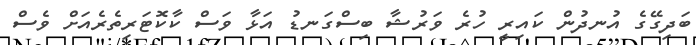
ބަދިގޭގެ އުނދުން ކައިރީ ހުރެ ވަރުޝާ ބިސްގަނޑު އަޅާ ވަސް ކާކޮޓަރިތެރެއަށް ވެސް